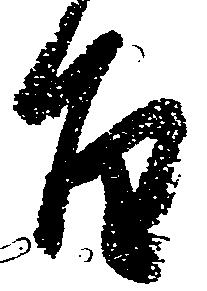
旨